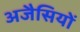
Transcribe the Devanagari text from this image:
अजैसियों